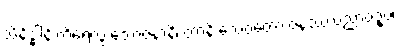
သိနိဒ္ဓါနိ ကိရေလွှ ဘောဇနာနိ၊ တာနိ သေဝတော ဇနဿ ပညာဝဍ္ဎ၊